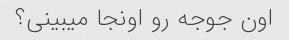
اون جوجه رو اونجا میبینی؟